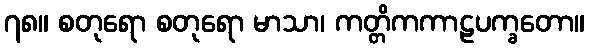
၇၈။ စတုရော စတုရော မာသာ၊ ကတ္တိကကာဠပက္ခတော။